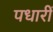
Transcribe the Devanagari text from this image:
पधारीं